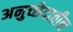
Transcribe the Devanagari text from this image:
अनुच्छेदातील